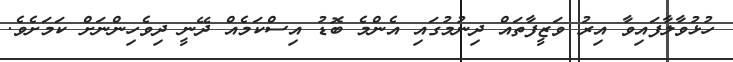
ހުޅުވާލާފައިވާ އިރު ވަޒީފާތައް ދިނުމުގައި އެންމެ ބޮޑު އިސްކަމެއް ދޭނީ ދިވެހިންނަށް ކަމަށެވެ.